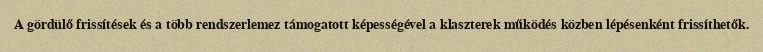
A gördülő frissítések és a több rendszerlemez támogatott képességével a klaszterek működés közben lépésenként frissíthetők.